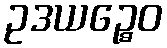
ဥဒယဉ္စေဝ